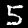
Label: 5